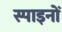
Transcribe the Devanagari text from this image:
स्पाइनों